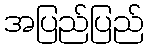
အပြည်ပြည်